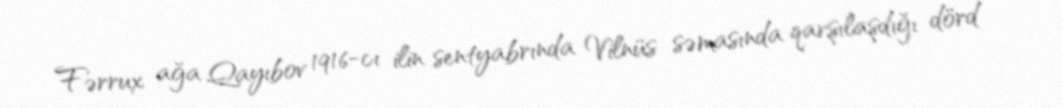
Fərrux ağa Qayıbov 1916-cı ilin sentyabrında Vilnüs səmasında qarşılaşdığı dörd